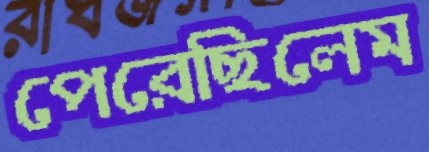
পেরেছিলেম